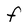
Character: F